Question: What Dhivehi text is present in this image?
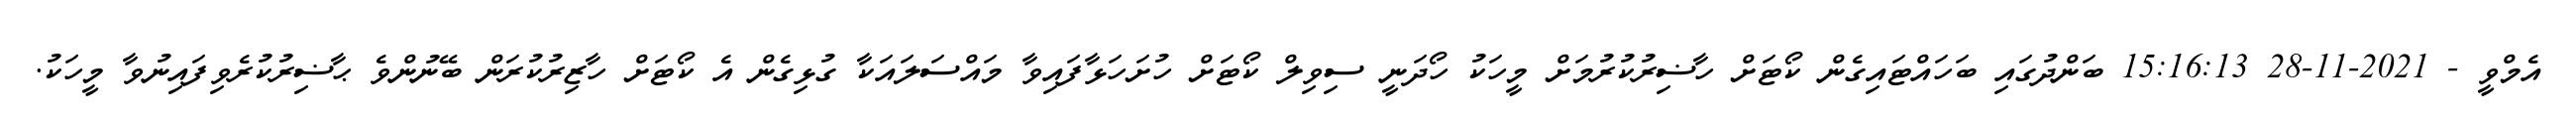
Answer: އެމްވީ - 2021-11-28 15:16:13 ބަންދުގައި ބަހައްޓައިގެން ކޯޓަށް ހާޟިރުކުރުމަށް މީހަކު ހޯދަނީ ސިވިލް ކޯޓަށް ހުށަހަޅާފައިވާ މައްސަލައަކާ ގުޅިގެން އެ ކޯޓަށް ހާޒިރުކުރަން ބޭނުންވެ ޙާޟިރުކުރެވިފައިނުވާ މީހަކު.